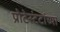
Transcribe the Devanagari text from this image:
प्रोटेस्टंटांच्या